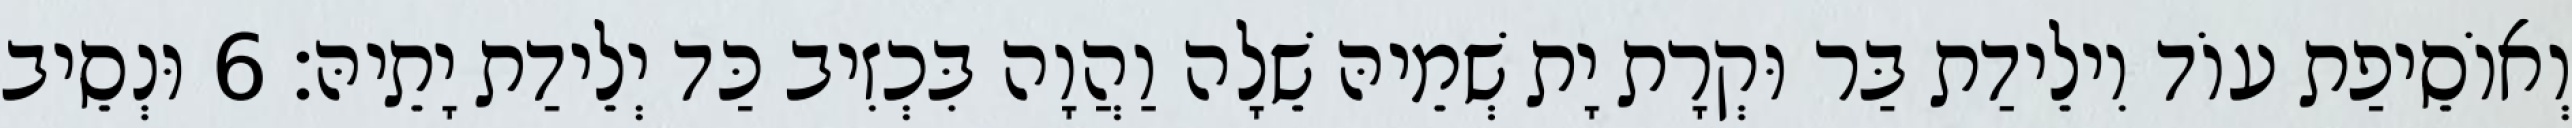
וְאוֹסֵיפַת עוֹד וִילֵידַת בַּר וּקְרָת יָת שְׁמֵיהּ שֵׁלָה וַהֲוָה בִּכְזִיב כַּד יְלֵידַת יָתֵיהּ׃ 6 וּנְסֵיב